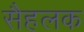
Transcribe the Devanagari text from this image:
सैहलक